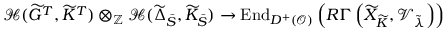
{ \mathcal H } ( \widetilde { G } ^ { T } , \widetilde { K } ^ { T } ) \otimes _ { { \mathbb Z } } { \mathcal H } ( \widetilde { \Delta } _ { \bar { S } } , \widetilde { K } _ { \bar { S } } ) \to \mathrm { E n d } _ { D ^ { + } ( { \mathcal O } ) } \left( R \Gamma \left( \widetilde { X } _ { \widetilde { K } } , { \mathcal V } _ { \tilde { \lambda } } \right) \right)